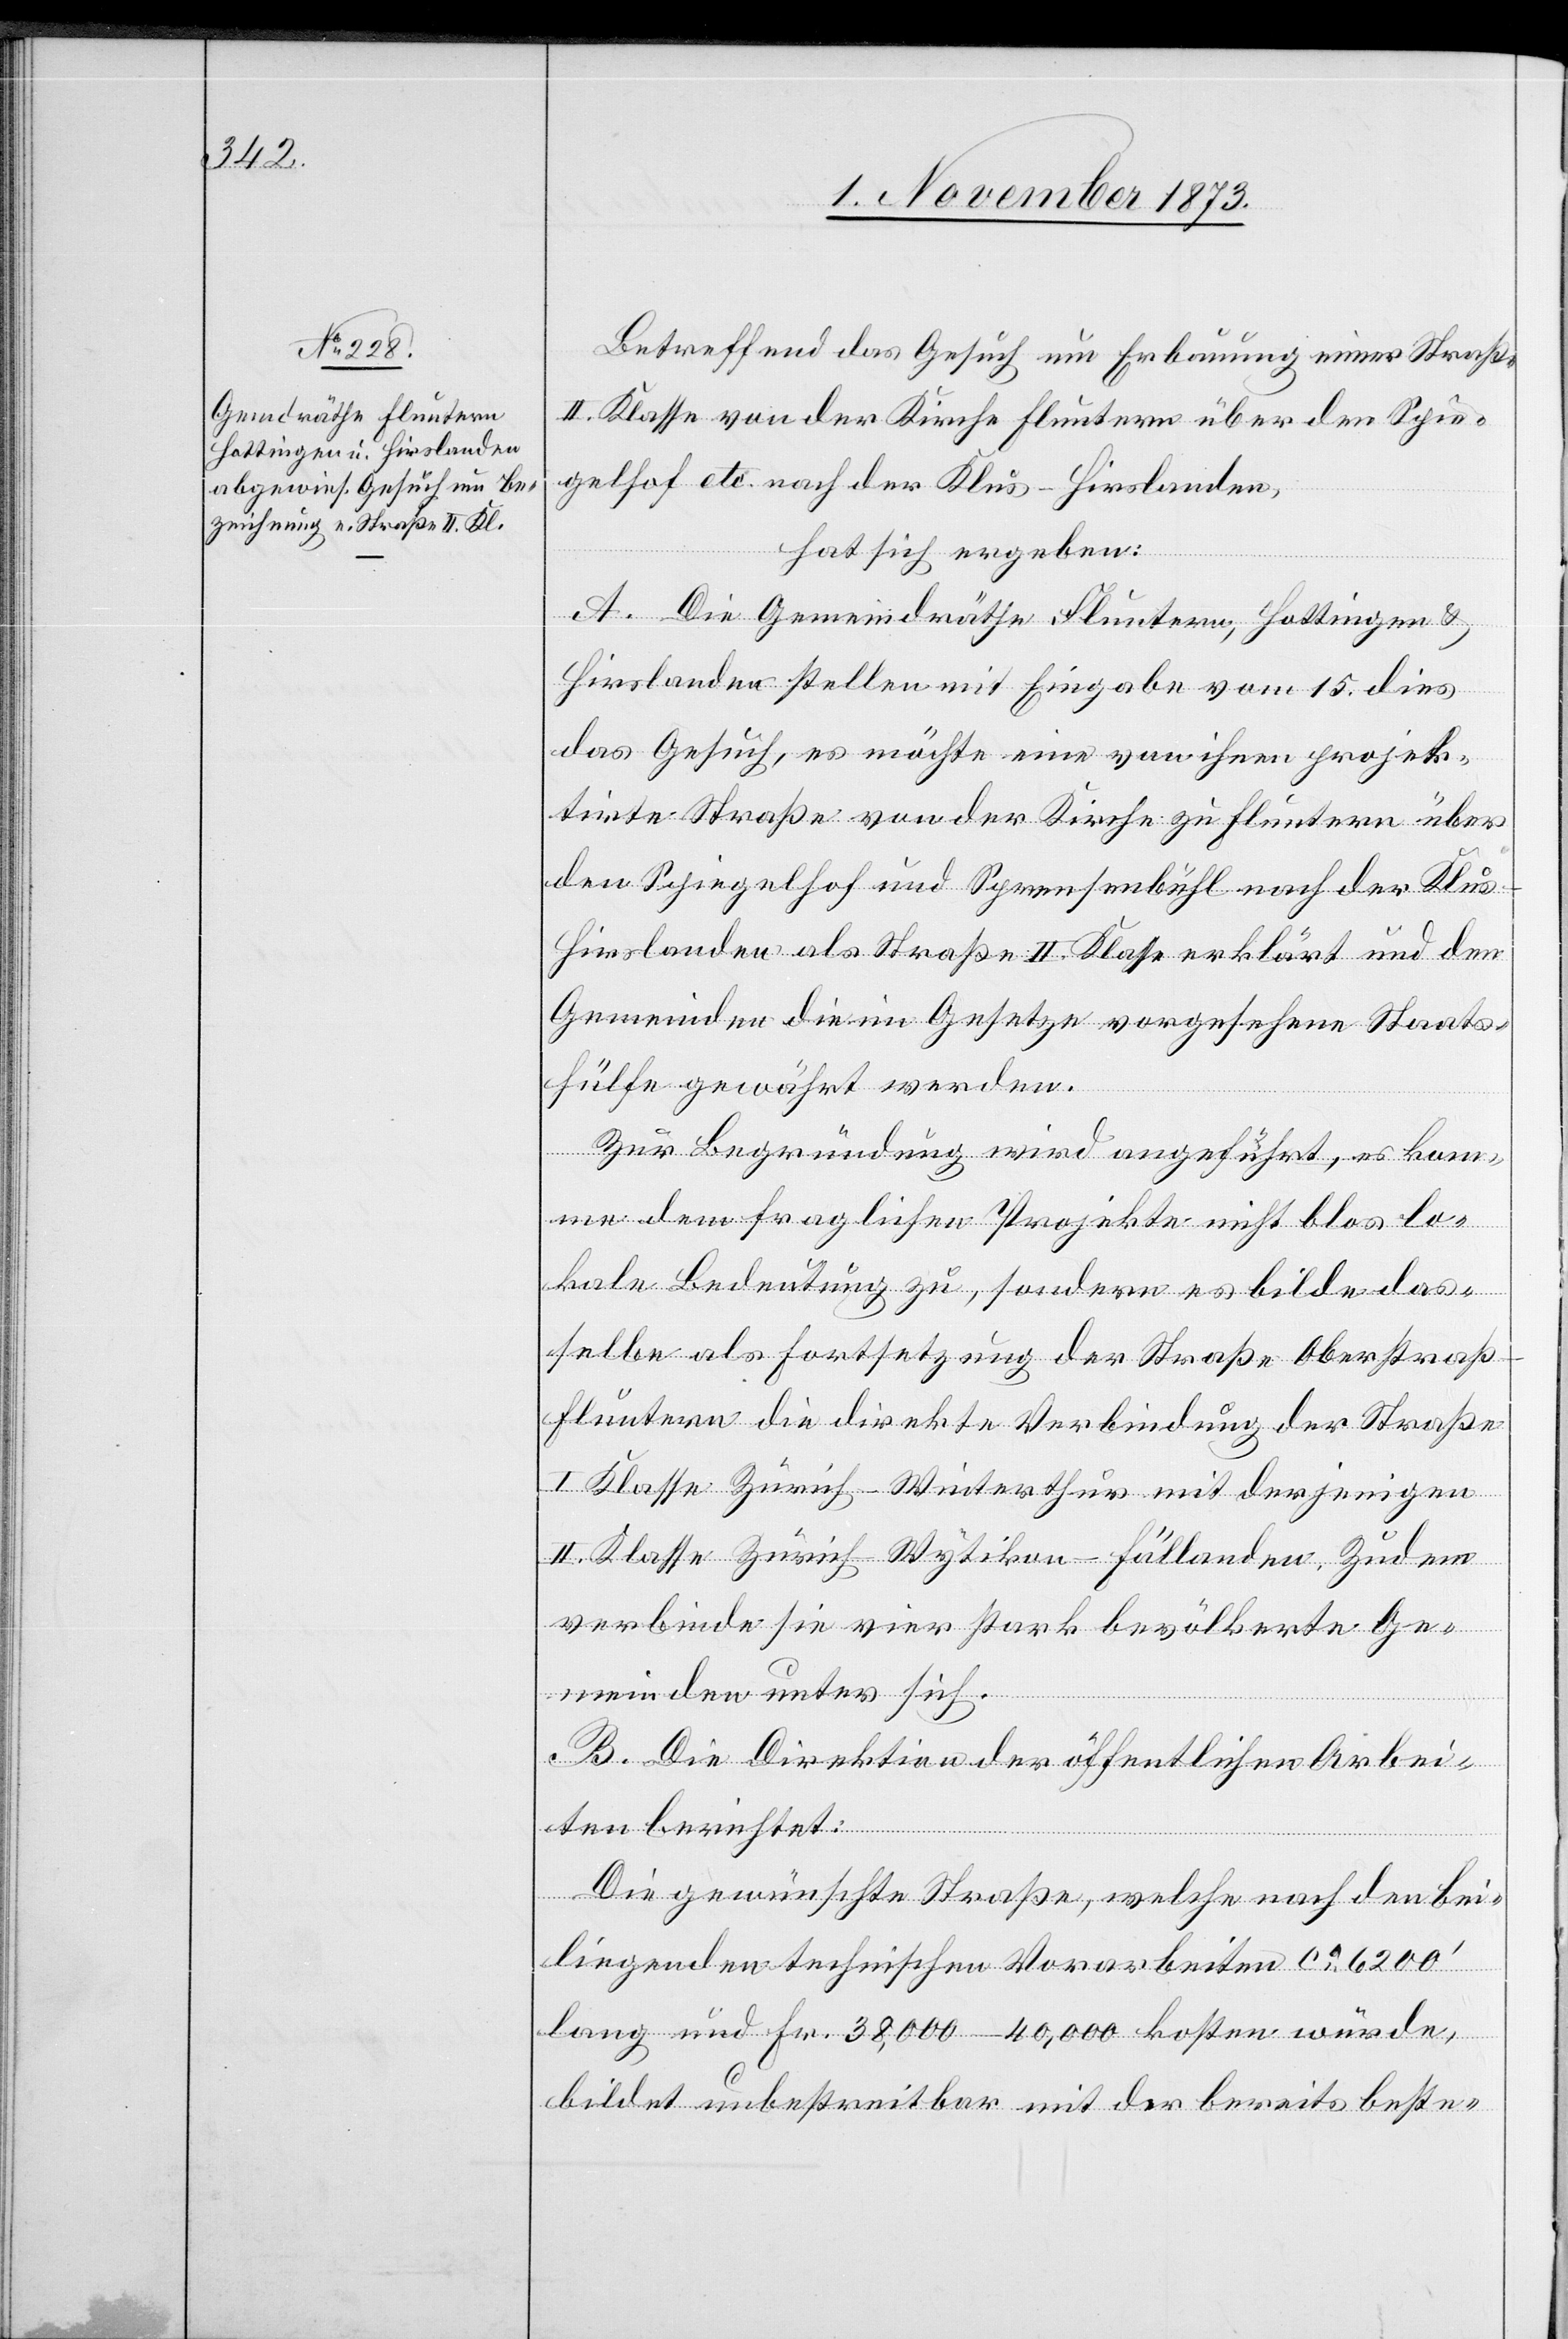
Betreffend das Gesuch um Erbauung einer Straße
II. Klasse von der Kirche Fluntern über den Spie¬
gelhof etc. nach der Klus - Hirslanden,
hat sich ergeben:
A. Die Gemeindräthe Fluntern, Hottingen &
Hirslanden stellen mit Eingabe vom 15. dies
das Gesuch, es möchte eine von ihnen projek¬
tirte Straße von der Kirche zu Fluntern über
den Spiegelhof und Sprensenbühl nach der Klus
Hirslanden als Straße II. Klasse erklärt und den
Gemeinden die im Gesetze vorgesehene Staats¬
hülfe gewährt werden.
Zur Begründung wird angeführt, es kom¬
me dem fraglichen Projekte nicht blos lo¬
kale Bedeutung zu, sondern es bilde das¬
selbe als Fortsetzung der Straße Oberstraß–F¬
luntern die direkte Verbindung der Straße
I Klasse Zürich–Winterthur mit derjenigen
II. Klasse Zürich–Wytikon–Fällanden. Zudem
verbinde sie vier stark bevölkerte Ge¬
meinden unter sich.
B. Die Direktion der öffentlichen Arbei¬
ten berichtet:
Die gewünschte Straße, welche nach den bei¬
liegenden technischen Vorarbeiten ca 6 200‘
lang und Fr. 38,000–40,000 kosten würde,
bildet unbestreitbar mit der bereits beste-